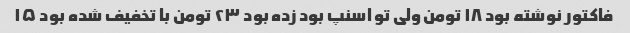
فاکتور نوشته بود ۱۸ تومن ولی تو اسنپ بود زده بود ۲۳ تومن با تخفیف شده بود ۱۵